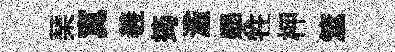
琹寞羲筠濫學牲柙筮